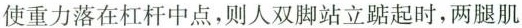
G使重力落在杠杆中点，则人双脚站立踮起时，两腿肌